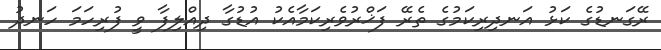
ރޭގަނޑުގެ ކަޅު އަނދިރިކަމުގެ ތެރޭ ފަޚްރުވެރިކަމާއެކު އުޑުގާ ދިއްލިފާ ވީ ފުރިހަމަ ހަނދު